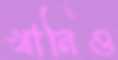
খানিও